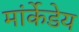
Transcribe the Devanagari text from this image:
मांर्केडेय